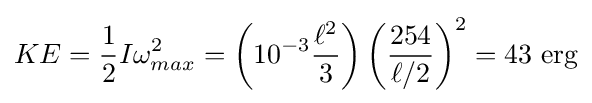
KE={\frac {1}{2}}I\omega _{max}^{2}=\left(10^{-3}{\frac {\ell ^{2}}{3}}\right)\left({\frac {254}{\ell /2}}\right)^{2}=43{\text{ erg}}